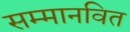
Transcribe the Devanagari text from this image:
सम्मानवित